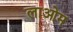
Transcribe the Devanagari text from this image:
लाओम